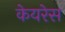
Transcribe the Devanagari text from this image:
केयरेस